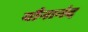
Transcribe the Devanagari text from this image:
यौनानंद